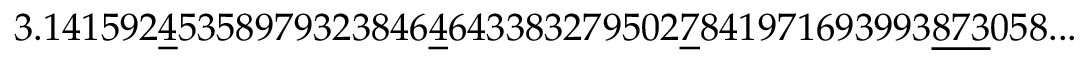
3 . 1 4 1 5 9 2 { \underline { { 4 } } } 5 3 5 8 9 7 9 3 2 3 8 4 6 { \underline { { 4 } } } 6 4 3 3 8 3 2 7 9 5 0 2 { \underline { { 7 } } } 8 4 1 9 7 1 6 9 3 9 9 3 { \underline { { 8 7 3 } } } 0 5 8 . . .